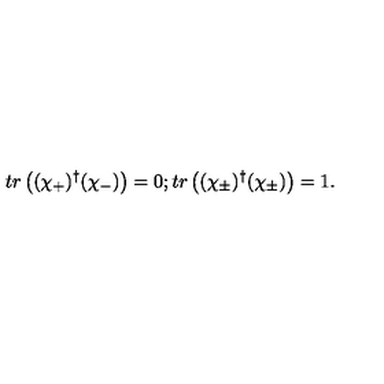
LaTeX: t r \left( ( \chi _ { + } ) ^ { \dagger } ( \chi _ { - } ) \right) = 0 ; t r \left( ( \chi _ { \pm } ) ^ { \dagger } ( \chi _ { \pm } ) \right) = 1 .